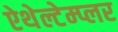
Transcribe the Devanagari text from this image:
ऐथेल्टेम्प्लर